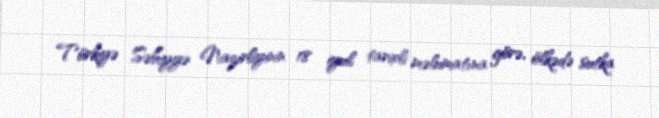
Türkiyə Səhiyyə Nazirliyinin 18 iyul tarixli məlumatına görə, ölkədə sutka